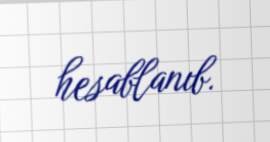
hesablanıb.